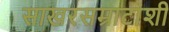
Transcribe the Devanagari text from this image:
साखरसम्राटांशी